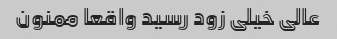
عالی خیلی زود رسید واقعا ممنون